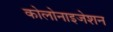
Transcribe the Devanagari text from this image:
कोलोनाइजेशन